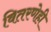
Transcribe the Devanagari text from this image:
वितरणेही